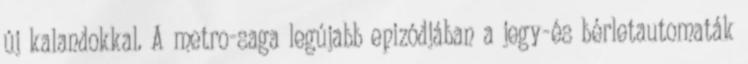
új kalandokkal. A metro-saga legújabb epizódjában a jegy-és bérletautomaták